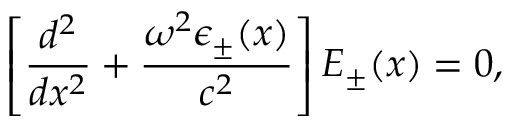
\left[ \frac { d ^ { 2 } } { d x ^ { 2 } } + \frac { \omega ^ { 2 } \epsilon _ { \pm } ( x ) } { c ^ { 2 } } \right] E _ { \pm } ( x ) = 0 ,